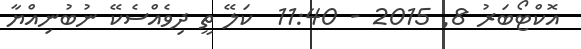
އޮކްޓޯބަރު 8